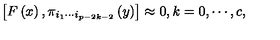
\left[ F \left( x \right) , \pi _ { i _ { 1 } \cdots i _ { p - 2 k - 2 } } \left( y \right) \right] \approx 0 , k = 0 , \cdots , c ,